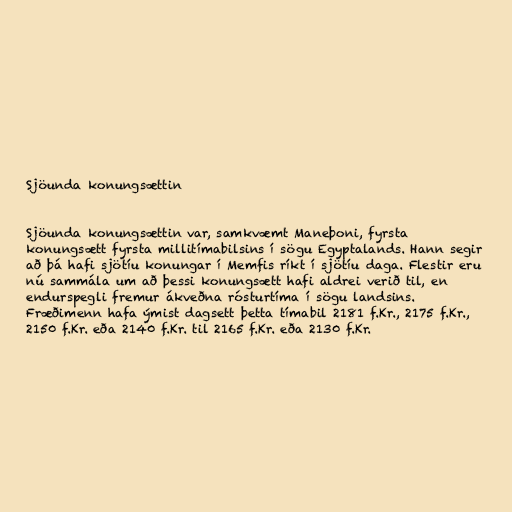
Sjöunda konungsættin

Sjöunda konungsættin var, samkvæmt Maneþoni, fyrsta
konungsætt fyrsta millitímabilsins í sögu Egyptalands. Hann segir
að þá hafi sjötíu konungar í Memfis ríkt í sjötíu daga. Flestir eru
nú sammála um að þessi konungsætt hafi aldrei verið til, en
endurspegli fremur ákveðna rósturtíma í sögu landsins.
Fræðimenn hafa ýmist dagsett þetta tímabil 2181 f.Kr., 2175 f.Kr.,
2150 f.Kr. eða 2140 f.Kr. til 2165 f.Kr. eða 2130 f.Kr.